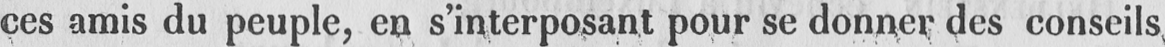
ces amis du peuple, en s’interposant pour se donner des conseils